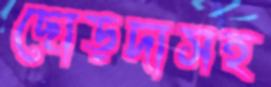
ছোড়দাসহ